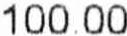
100.00